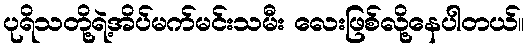
ပုရိသတို့ရဲ့အိပ်မက်မင်းသမီး လေးဖြစ်လို့နေပါတယ်။